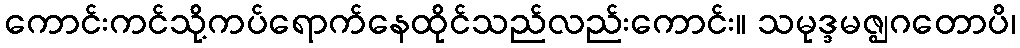
ကောင်းကင်သို့ကပ်ရောက်နေထိုင်သည်လည်းကောင်း။ သမုဒ္ဒမဇ္ဈဂတောပိ၊